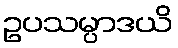
ဥပသမ္ပာဒယိ